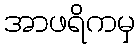
အာဖရိကမှ